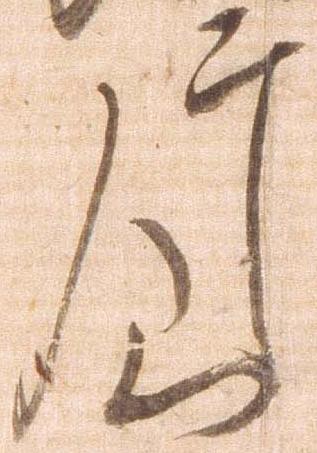
片